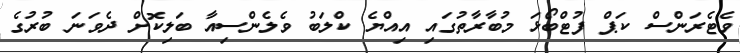
ވެޓެރަންސް ކަޕް ފުޓްބޯޅަ މުބާރާތުގައި އިއްޔެ ކްލަބު ވެލެންސިއާ ބަލިކޮށް ދެވަނަ ބުރުގެ